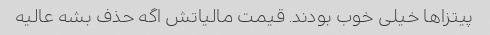
پیتزاها خیلی خوب بودند. قیمت مالیاتش اگه حذف بشه عالیه